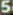
5